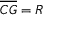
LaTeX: { \overline { { C G } } } = R